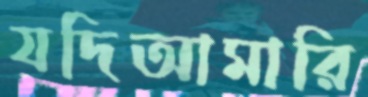
যদিআমারি